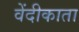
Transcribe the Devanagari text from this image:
वेंदीकाता